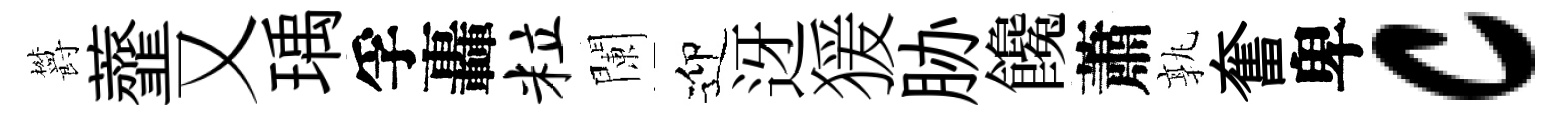
欝虀又瑀孚轟粒闌迎迓猨胁饞蕭孰奮卑c